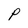
Character: P